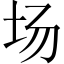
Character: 场